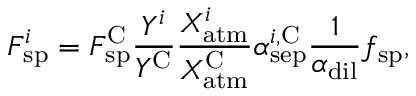
F _ { \mathrm { s p } } ^ { i } = F _ { \mathrm { s p } } ^ { \mathrm { C } } \frac { Y ^ { i } } { Y ^ { \mathrm { C } } } \frac { X _ { \mathrm { a t m } } ^ { i } } { X _ { \mathrm { a t m } } ^ { \mathrm { C } } } \alpha _ { \mathrm { s e p } } ^ { i , \mathrm { C } } \frac { 1 } { \alpha _ { \mathrm { d i l } } } f _ { \mathrm { s p } } ,